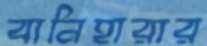
বানিহারার